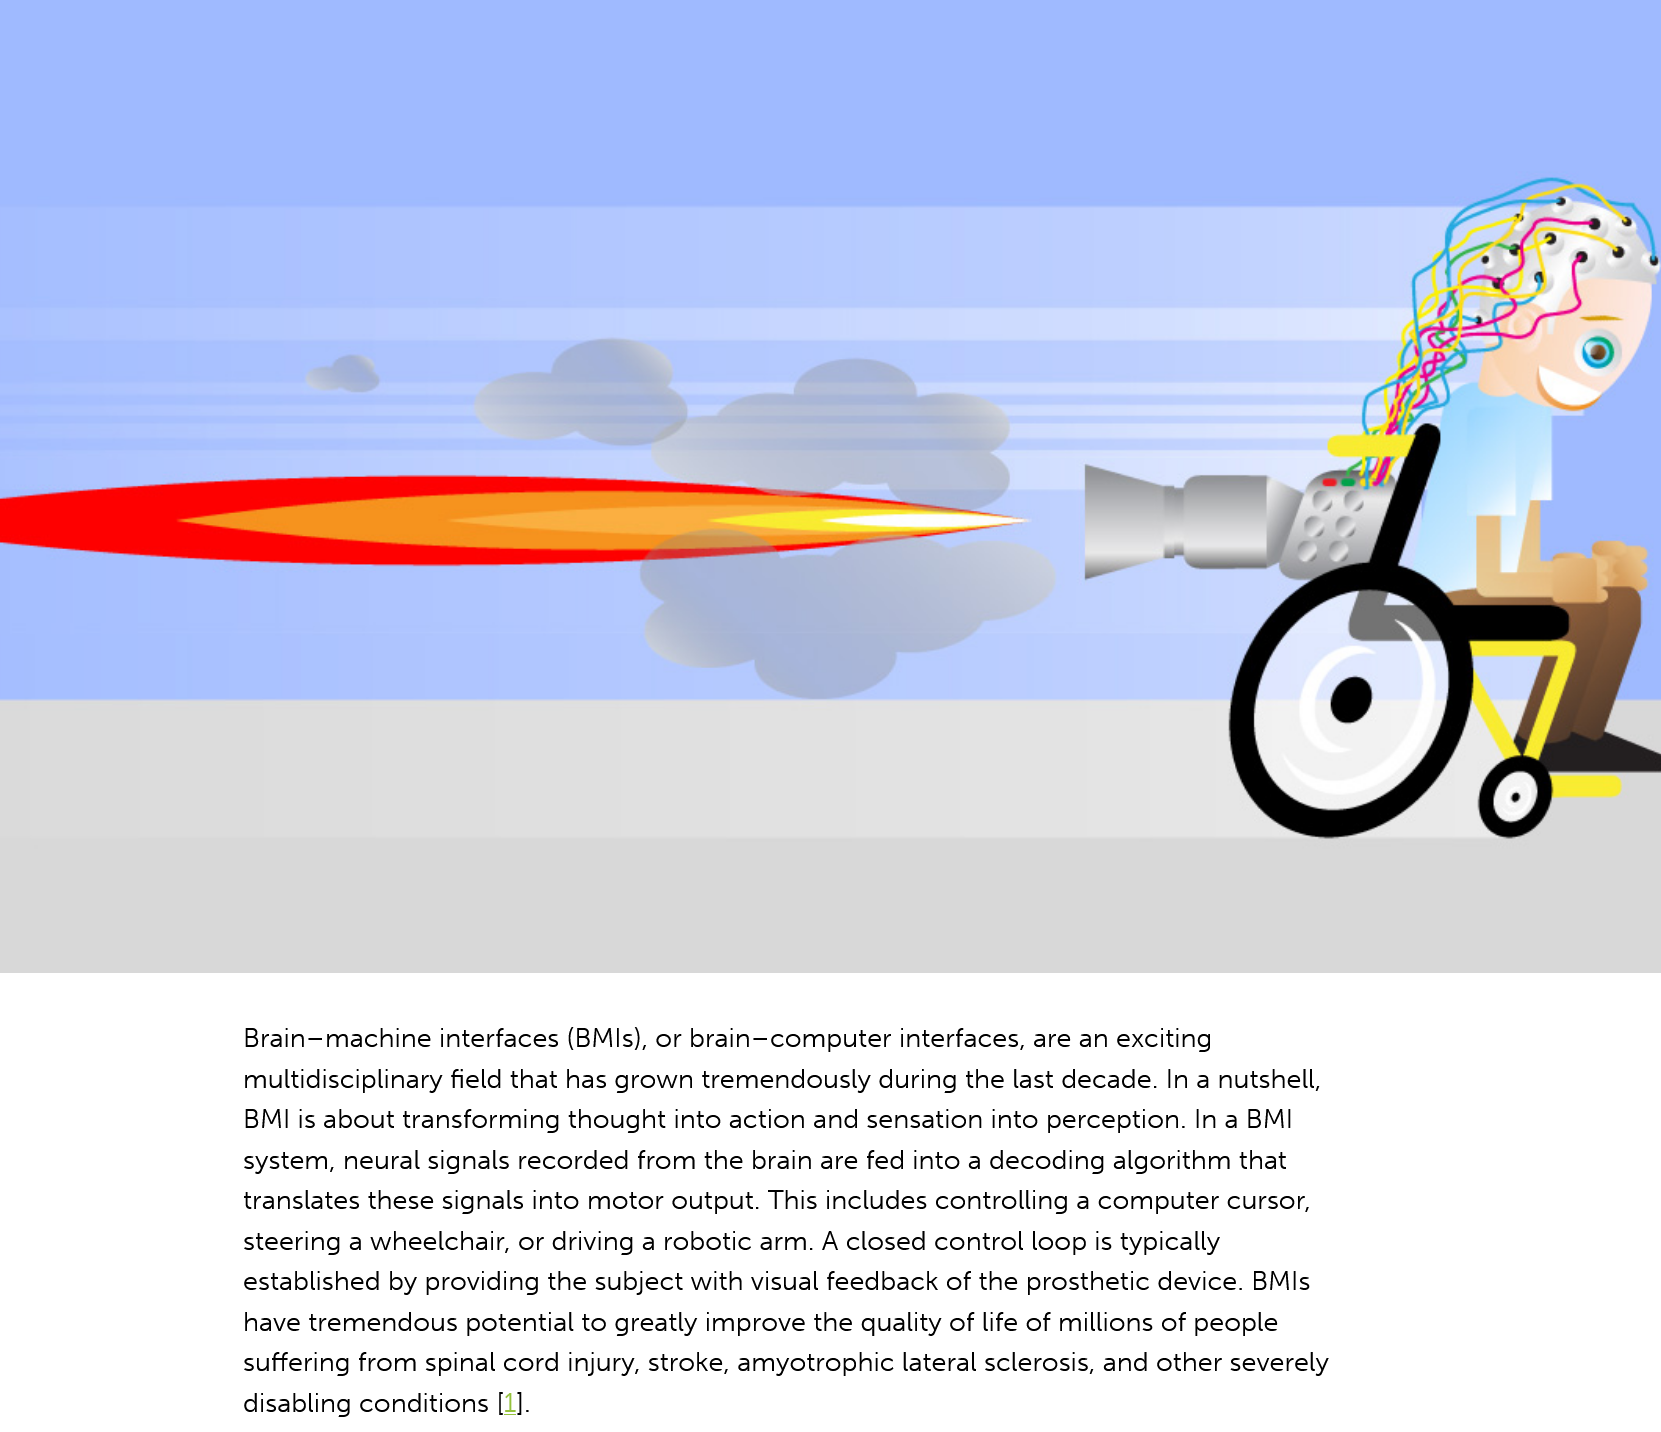
Brain-machine interfaces (BMls), or brain—computer interfaces, are an exciting
     multidisciplinary field that has grown tremendously during the last decade. In a nutshell,
     BMI is about transforming thought into action and sensation into perception. In a BMI
     system, neural signals recorded from the brain are fed into a decoding algorithm that
     translates these signals into motor output. This includes controlling a computer cursor,
     steering a wheelchair, or driving a robotic arm. A closed control loop is typically
     established by providing the subject with visual feedback of the prosthetic device. BMIs
     have tremendous potential to greatly improve the quality of life of millions of people
     suffering from spinal cord injury, stroke, amyotrophic lateral sclerosis, and other severely
     disabling conditions [1].